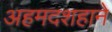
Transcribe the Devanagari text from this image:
अहमदशहाने